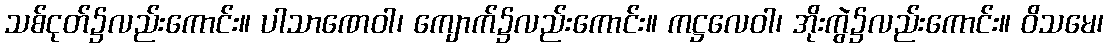
သစ်ငုတ်၌လည်းကောင်း။ ပါသာဏေဝါ၊ ကျောက်၌လည်းကောင်း။ ကဋ္ဌလေဝါ၊ အိုးကွဲ၌လည်းကောင်း။ ဝိသမေ၊